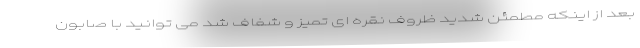
بعد از اینکه مطمئن شدید ظروف نقره ای تمیز و شفاف شد می توانید با صابون